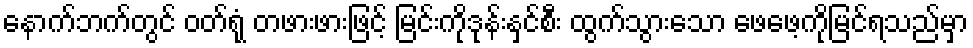
နောက်ဘက်တွင် ဝတ်ရုံ တဖားဖားဖြင့် မြင်းကိုဒုန်းနှင်စီး ထွက်သွားသော ဖေဖေ့ကိုမြင်ရသည်မှာ